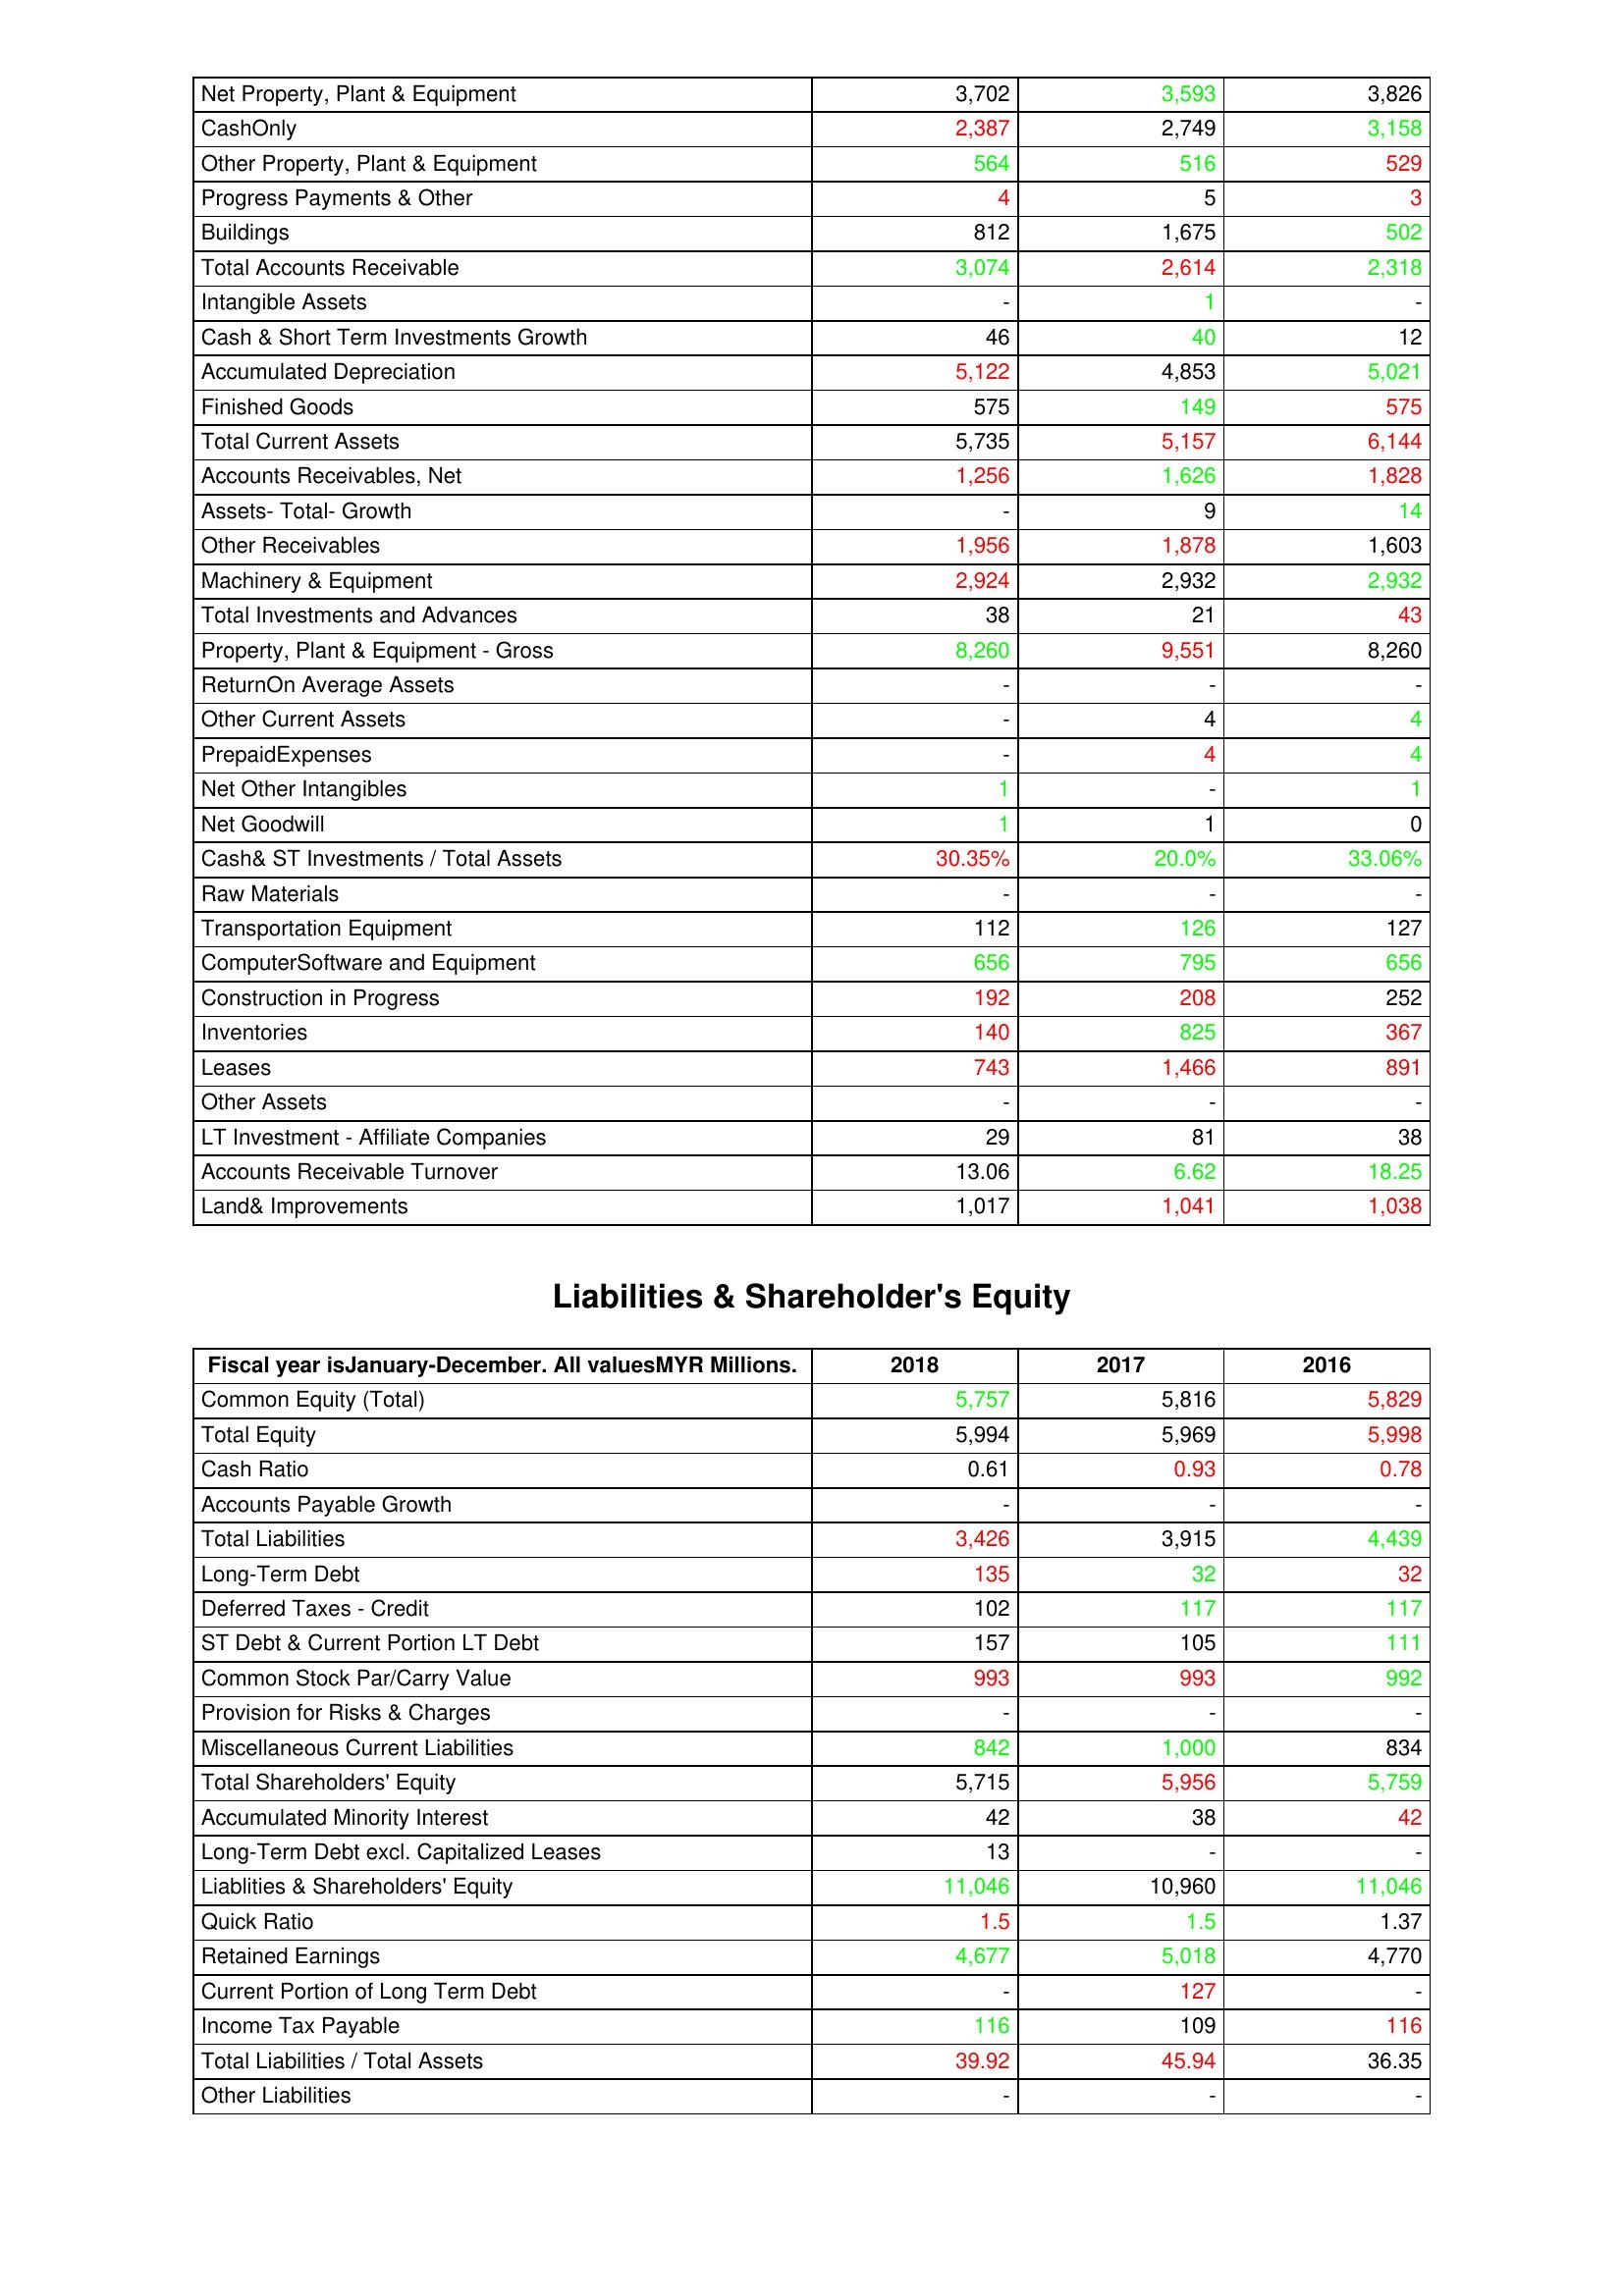
gt_parse: 2018: Assets: Net Property, Plant & Equipment: 3,702
CashOnly: 2,387
Other Property, Plant & Equipment: 564
Progress Payments & Other: 4
Buildings: 812
Total Accounts Receivable: 3,074
Intangible Assets: -
Cash & Short Term Investments Growth: 46
Accumulated Depreciation: 5,122
Finished Goods: 575
Total Current Assets: 5,735
Accounts Receivables, Net: 1,256
Assets- Total- Growth: -
Other Receivables: 1,956
Machinery & Equipment: 2,924
Total Investments and Advances: 38
Property, Plant & Equipment - Gross : 8,260
ReturnOn Average Assets: -
Other Current Assets: -
PrepaidExpenses: -
Net Other Intangibles: 1
Net Goodwill: 1
Cash& ST Investments / Total Assets: 30.35%
Raw Materials: -
Transportation Equipment: 112
ComputerSoftware and Equipment: 656
Construction in Progress: 192
Inventories: 140
Leases: 743
Other Assets: -
LT Investment - Affiliate Companies: 29
Accounts Receivable Turnover: 13.06
Land& Improvements: 1,017
Liabilities & Shareholder's Equity: Common Equity (Total): 5,757
Total Equity: 5,994
Cash Ratio: 0.61
Accounts Payable Growth: -
Total Liabilities: 3,426
Long-Term Debt: 135
Deferred Taxes - Credit: 102
ST Debt & Current Portion LT Debt: 157
Common Stock Par/Carry Value: 993
Provision for Risks & Charges: -
Miscellaneous Current Liabilities: 842
Total Shareholders' Equity: 5,715
Accumulated Minority Interest: 42
Long-Term Debt excl. Capitalized Leases: 13
Liablities & Shareholders' Equity: 11,046
Quick Ratio: 1.5
Retained Earnings: 4,677
Current Portion of Long Term Debt: -
Income Tax Payable: 116
Total Liabilities / Total Assets: 39.92
Other Liabilities: -
2017: Assets: Net Property, Plant & Equipment: 3,593
CashOnly: 2,749
Other Property, Plant & Equipment: 516
Progress Payments & Other: 5
Buildings: 1,675
Total Accounts Receivable: 2,614
Intangible Assets: 1
Cash & Short Term Investments Growth: 40
Accumulated Depreciation: 4,853
Finished Goods: 149
Total Current Assets: 5,157
Accounts Receivables, Net: 1,626
Assets- Total- Growth: 9
Other Receivables: 1,878
Machinery & Equipment: 2,932
Total Investments and Advances: 21
Property, Plant & Equipment - Gross : 9,551
ReturnOn Average Assets: -
Other Current Assets: 4
PrepaidExpenses: 4
Net Other Intangibles: -
Net Goodwill: 1
Cash& ST Investments / Total Assets: 20.0%
Raw Materials: -
Transportation Equipment: 126
ComputerSoftware and Equipment: 795
Construction in Progress: 208
Inventories: 825
Leases: 1,466
Other Assets: -
LT Investment - Affiliate Companies: 81
Accounts Receivable Turnover: 6.62
Land& Improvements: 1,041
Liabilities & Shareholder's Equity: Common Equity (Total): 5,816
Total Equity: 5,969
Cash Ratio: 0.93
Accounts Payable Growth: -
Total Liabilities: 3,915
Long-Term Debt: 32
Deferred Taxes - Credit: 117
ST Debt & Current Portion LT Debt: 105
Common Stock Par/Carry Value: 993
Provision for Risks & Charges: -
Miscellaneous Current Liabilities: 1,000
Total Shareholders' Equity: 5,956
Accumulated Minority Interest: 38
Long-Term Debt excl. Capitalized Leases: -
Liablities & Shareholders' Equity: 10,960
Quick Ratio: 1.5
Retained Earnings: 5,018
Current Portion of Long Term Debt: 127
Income Tax Payable: 109
Total Liabilities / Total Assets: 45.94
Other Liabilities: -
2016: Assets: Net Property, Plant & Equipment: 3,826
CashOnly: 3,158
Other Property, Plant & Equipment: 529
Progress Payments & Other: 3
Buildings: 502
Total Accounts Receivable: 2,318
Intangible Assets: -
Cash & Short Term Investments Growth: 12
Accumulated Depreciation: 5,021
Finished Goods: 575
Total Current Assets: 6,144
Accounts Receivables, Net: 1,828
Assets- Total- Growth: 14
Other Receivables: 1,603
Machinery & Equipment: 2,932
Total Investments and Advances: 43
Property, Plant & Equipment - Gross : 8,260
ReturnOn Average Assets: -
Other Current Assets: 4
PrepaidExpenses: 4
Net Other Intangibles: 1
Net Goodwill: 0
Cash& ST Investments / Total Assets: 33.06%
Raw Materials: -
Transportation Equipment: 127
ComputerSoftware and Equipment: 656
Construction in Progress: 252
Inventories: 367
Leases: 891
Other Assets: -
LT Investment - Affiliate Companies: 38
Accounts Receivable Turnover: 18.25
Land& Improvements: 1,038
Liabilities & Shareholder's Equity: Common Equity (Total): 5,829
Total Equity: 5,998
Cash Ratio: 0.78
Accounts Payable Growth: -
Total Liabilities: 4,439
Long-Term Debt: 32
Deferred Taxes - Credit: 117
ST Debt & Current Portion LT Debt: 111
Common Stock Par/Carry Value: 992
Provision for Risks & Charges: -
Miscellaneous Current Liabilities: 834
Total Shareholders' Equity: 5,759
Accumulated Minority Interest: 42
Long-Term Debt excl. Capitalized Leases: -
Liablities & Shareholders' Equity: 11,046
Quick Ratio: 1.37
Retained Earnings: 4,770
Current Portion of Long Term Debt: -
Income Tax Payable: 116
Total Liabilities / Total Assets: 36.35
Other Liabilities: -